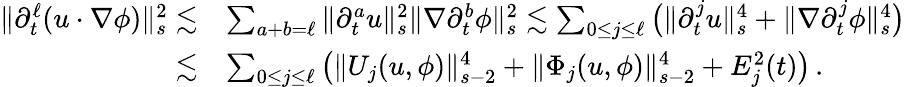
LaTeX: \begin{array}{rl}{\| \partial_{t}^{\ell}(u\cdot\nabla\phi)\| _{s}^{2}\lesssim}&{\sum_{a+b=\ell}\| \partial_{t}^{a}u\| _{s}^{2}\| \nabla\partial_{t}^{b}\phi\| _{s}^{2}\lesssim\sum_{0\leq j\leq\ell}\big(\| \partial_{t}^{j}u\| _{s}^{4}+\| \nabla\partial_{t}^{j}\phi\| _{s}^{4}\big)}\\ {\lesssim}&{\sum_{0\leq j\leq\ell}\big(\| U_{j}(u,\phi)\| _{s-2}^{4}+\| \Phi_{j}(u,\phi)\| _{s-2}^{4}+E_{j}^{2}(t)\big)\, .}\end{array}